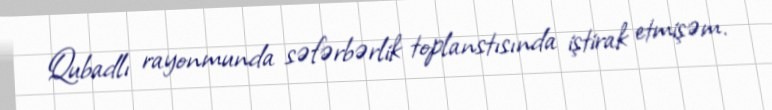
Qubadlı rayonmunda səfərbərlik toplanstısında iştirak etmişəm.